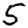
Digit: 5